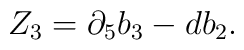
Z_3 = \partial_5 b_3 - db_2.